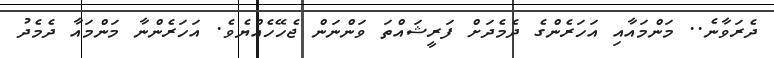
ދެރަވާނެ.. މަންމައާއި އަހަރެންގެ ދެމެދަށް ފަރީޝައްތަ ވަންނަން ޖެހޭހެއްޔެވެ. އަހަރެންނާ މަންމައާ ދެމެދު